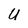
Character: U